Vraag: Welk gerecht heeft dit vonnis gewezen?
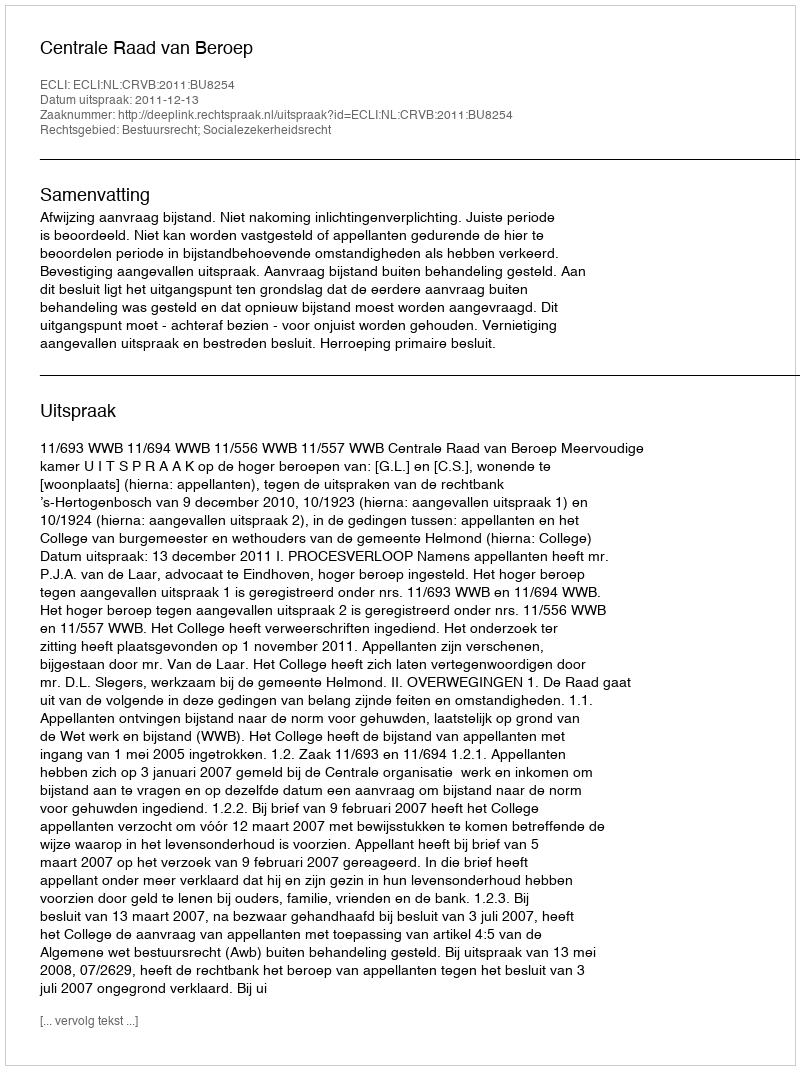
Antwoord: Centrale Raad van Beroep